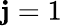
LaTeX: \mathbf{j}=1